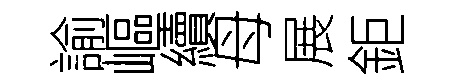
諭嶇續母展鉅